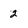
Character: 2